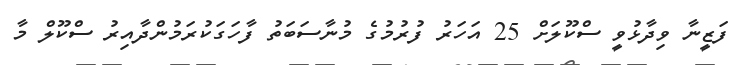
ފަޒީނާ ވިދާޅުވީ ސްކޫލަށް 25 އަހަރު ފުރުމުގެ މުނާސަބަތު ފާހަގަކުރަމުންދާއިރު ސްކޫލް މާ